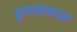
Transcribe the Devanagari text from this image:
कुवान्तकास्त